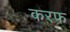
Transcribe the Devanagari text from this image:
करफ